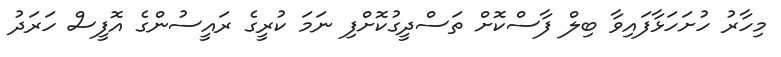
މިހާރު ހުށަހަޅާފައިވާ ބިލް ފާސްކޮށް ތަސްދީގުކޮށްފި ނަމަ ކުރީގެ ރައީސުންގެ އޮފީސް ހަރަދު